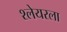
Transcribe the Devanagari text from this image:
श्लेयरला